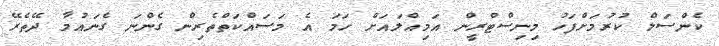
ކެންސަލް ކުރުމަށްފަހު މިނިސްޓްރީން އަމިއްލައަށް ހަމަ އެ މަސައްކަތްތެރިން ގެންނަ ގެނައުމާ ދޭތެރޭ